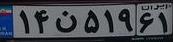
۱۴ن۵۱۹۶۱